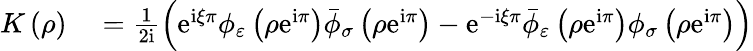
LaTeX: \begin{array}{rl}{K\left(\rho\right)}&{{}=\frac{1}{2\mathrm{i}}\left(\mathrm{e}^{\mathrm{i}\xi\pi}\phi_{\varepsilon}\left(\rho\mathrm{e}^{\mathrm{i}\pi}\right)\bar{\phi}_{\sigma}\left(\rho\mathrm{e}^{\mathrm{i}\pi}\right)-\mathrm{e}^{-\mathrm{i}\xi\pi}\bar{\phi}_{\varepsilon}\left(\rho\mathrm{e}^{\mathrm{i}\pi}\right)\phi_{\sigma}\left(\rho\mathrm{e}^{\mathrm{i}\pi}\right)\right)}\end{array}